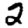
Digit: 2